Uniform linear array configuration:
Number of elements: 24
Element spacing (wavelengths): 0.75
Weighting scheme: exponential
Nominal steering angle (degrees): -45
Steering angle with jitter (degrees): -43.832
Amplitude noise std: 0.05
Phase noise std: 0.05

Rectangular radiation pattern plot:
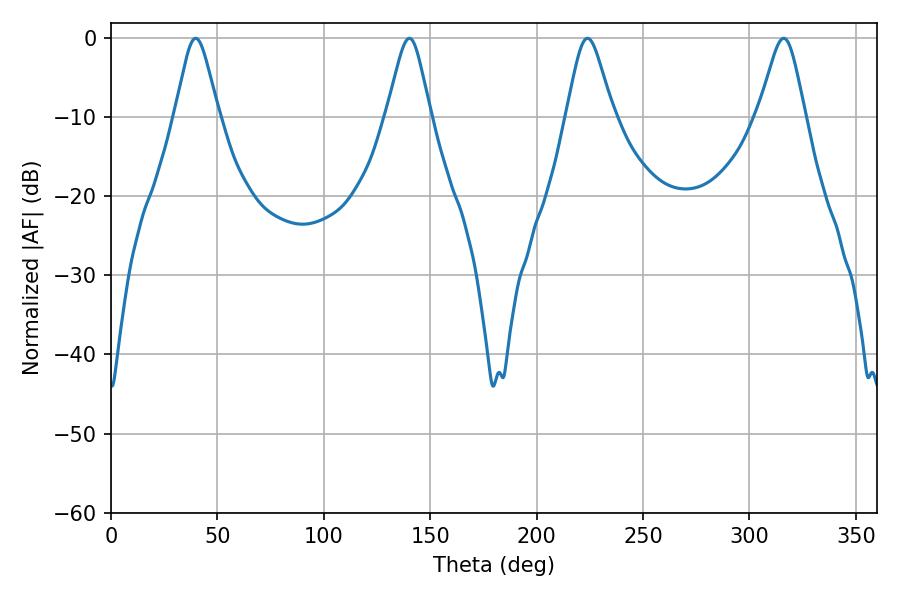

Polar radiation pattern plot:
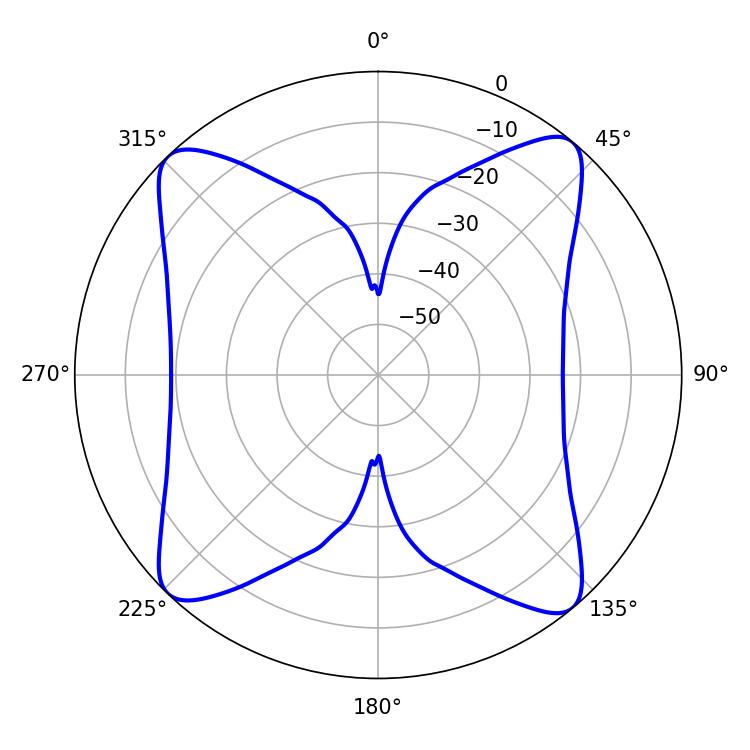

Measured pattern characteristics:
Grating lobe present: TRUE
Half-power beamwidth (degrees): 9.9
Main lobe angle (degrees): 39.78